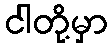
ငါတို့မှာ